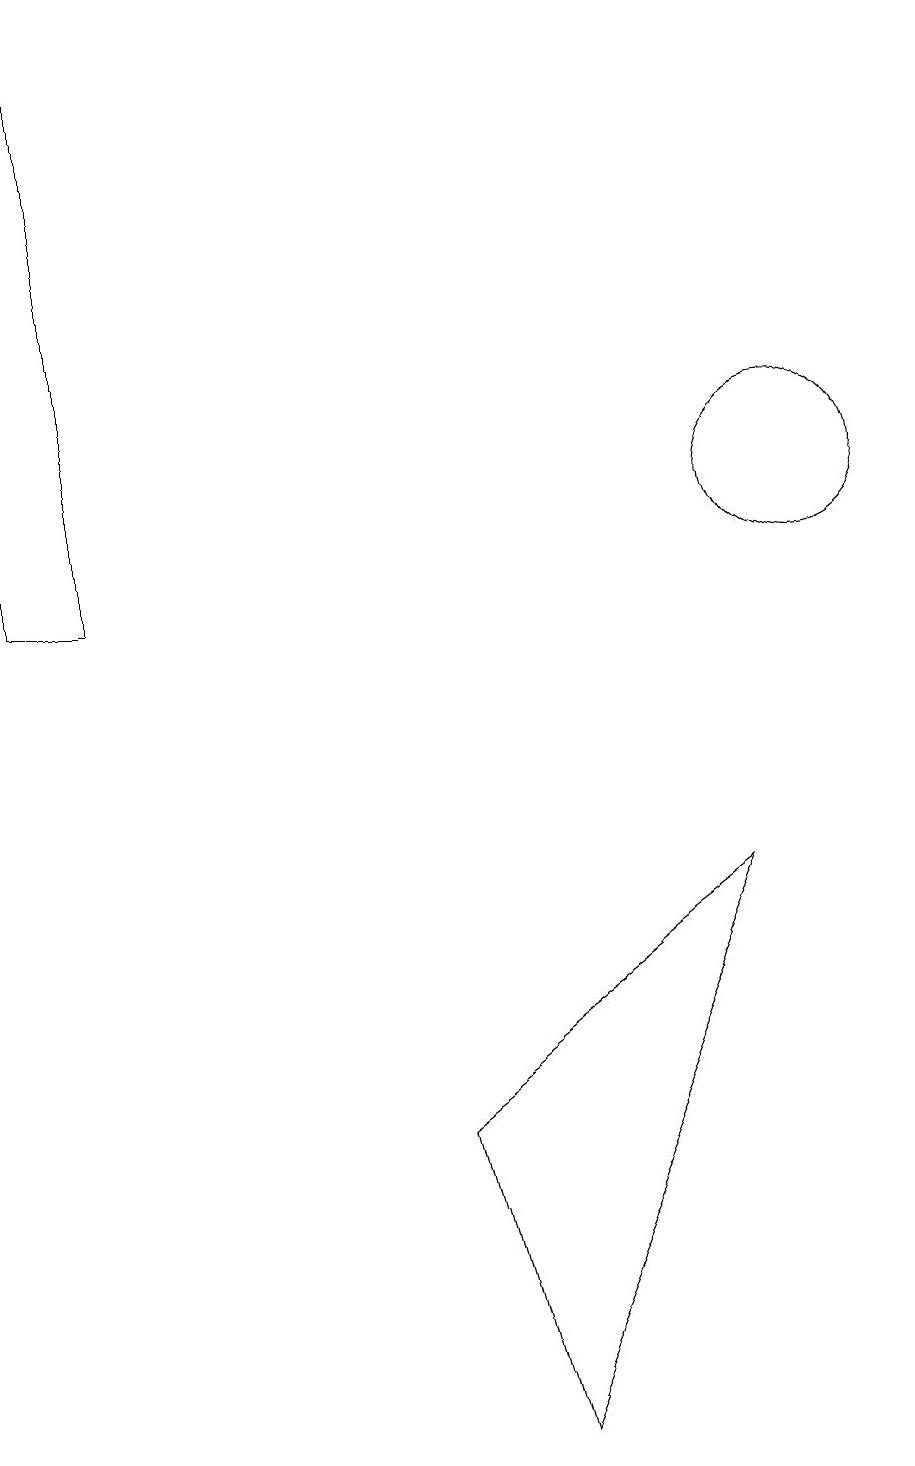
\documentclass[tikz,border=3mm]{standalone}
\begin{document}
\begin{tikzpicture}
\draw (10,12) circle (1);
\draw (6,0) -- (5,4) -- (9,7) -- cycle;
\draw (1,11) rectangle (0,18);
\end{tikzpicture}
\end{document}